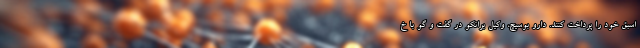
اسبق خود را پرداخت کنند. دارو بوسیچ، وکیل برانکو در گفت و گو با خ